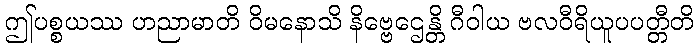
ဤပစ္စယဿ ဟညာမာတိ ဝိမနောသိ နိဗ္ဗေဌေန္တိ ဂီဝါယ ဗလဝီရိယူပပတ္တီတိ